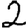
Digit: 2